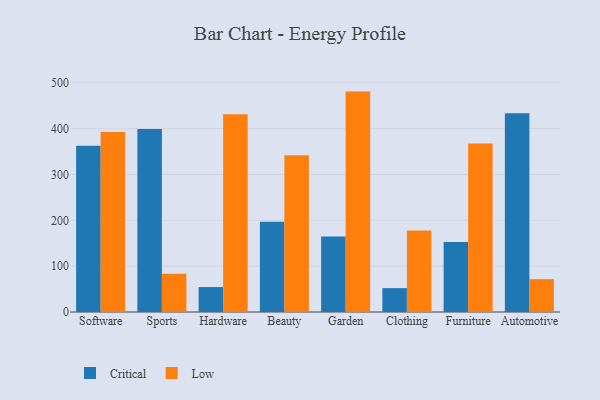
{"axis": {"x": "Category", "y": "Inventory Turnover"}, "legend": ["Critical", "Low"], "data": [{"x": "Software", "y": 362.5, "type": "Critical"}, {"x": "Software", "y": 392.8, "type": "Low"}, {"x": "Sports", "y": 399.4, "type": "Critical"}, {"x": "Sports", "y": 83.7, "type": "Low"}, {"x": "Hardware", "y": 54.4, "type": "Critical"}, {"x": "Hardware", "y": 431.6, "type": "Low"}, {"x": "Beauty", "y": 196.9, "type": "Critical"}, {"x": "Beauty", "y": 342.0, "type": "Low"}, {"x": "Garden", "y": 164.7, "type": "Critical"}, {"x": "Garden", "y": 480.8, "type": "Low"}, {"x": "Clothing", "y": 52.1, "type": "Critical"}, {"x": "Clothing", "y": 177.9, "type": "Low"}, {"x": "Furniture", "y": 152.8, "type": "Critical"}, {"x": "Furniture", "y": 367.7, "type": "Low"}, {"x": "Automotive", "y": 433.6, "type": "Critical"}, {"x": "Automotive", "y": 71.6, "type": "Low"}]}